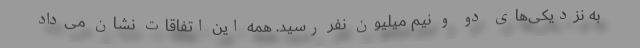
به نزدیکی‌های دو و نیم میلیون نفر رسید. همه این اتفاقات نشان می‌داد